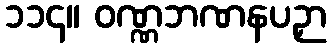
၁၁၄။ ဝဏ္ဏဘဏနပဉှာ